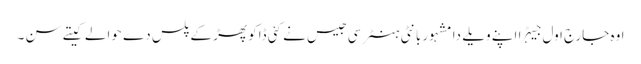
اوہ جارج اول جیہڑا اپنے ویلے دا مشہور بانٹی ہنٹر سی جیس نے کئی ڈاکو پھڑ کے پلس دے حوالے کیتے سن ۔